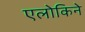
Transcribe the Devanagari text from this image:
एलोकिने